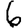
Digit: 6